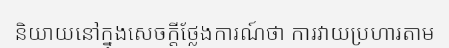
និយាយនៅក្នុងសេចក្តីថ្លែងការណ៍ថា ការវាយប្រហារតាម